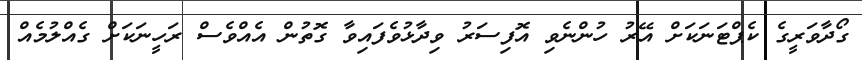
ގޯދާވަރީގެ ކެޕްޓަނަކަށް އޭރު ހުންނެވި އޮފިސަރު ވިދާޅުވެފައިވާ ގޮތުން އެއްވެސް ރަހީނަކަށް ގެއްލުމެއް